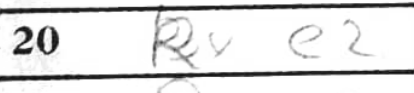
Transcription: Rxe2